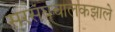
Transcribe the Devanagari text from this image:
सरसंघचालकझाले